Indian journal of veterinary science and animal husbandry - Volume 6,
Year: 1936
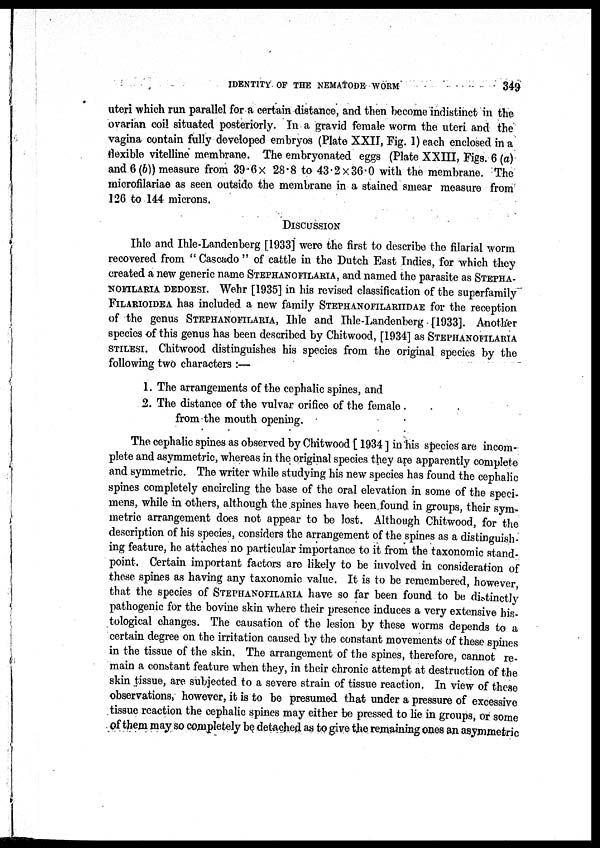
IDENTITY OF THE NEMATODE WORM
349
uteri which run parallel for a certain distance, and then become indistinct in the
ovarian coil situated posteriorly. In a gravid female worm the uteri and the
vagina contain fully developed embryos (Plate XXII, Fig. 1) each enclosed in a
flexible vitelline membrane. The embryonated eggs (Plate XXIII, Figs. 6 (a)
and 6 (b)) measure from 39.6 × 28.8 to 43.2 × 36.0 with the membrane. The
microfilariae as seen outside the membrane in a stained smear measure from
126 to 144 microns.
DISCUSSION
Ihle and Ihle-Landenberg [1933] were the first to describe the filarial worm
recovered from " Cascado " of cattle in the Dutch East Indies, for which they
created a new generic name STEPHANOFILARIA, and named the parasite as
STEPHA-
--------- DEDOESI. W e h r [1935] in his revised classification of the superfamily
FILARIOIDEA has included a new family STEPHANOFILARIIDAE for the reception
of the genus STEPHANOFILARIA, Ihle and Ihle-Landenberg [1933]. Another
species of this genus has been described by Chitwood, [1934] as STEPHANOFILARIA
STILESI. Chitwood distinguishes his species from the original species by the
following two characters :—
1. The arrangements of the cephalic spines, and
2. The distance of the vulvar orifice of the female
from the mouth opening.
The cephalic spines as observed by Chitwood [ 1934 ] in his species are incom-
plete and asymmetric, whereas in the original species they are apparently complete
and symmetric. The writer while studying his new species has found the cephalic
spines completely encircling the base of the oral elevation in some of the speci-
mens, while in others, although the spines have been found in groups, their sym-
metric arrangement does not appear to be lost. Although Chitwood, for the
description of his species, considers the arrangement of the spines as a distinguish-
ing feature, he attaches no particular importance to it from the taxonomic stand-
point. Certain important factors are likely to be involved in consideration of
these spines as having any taxonomic value. It is to be remembered, however,
that the species of STEPHANOFILARIA have so far been found to be distinctly
pathogenic for the bovine skin where their presence induces a very extensive his-
tological changes. The causation of the lesion by these worms depends to a
certain degree on the irritation caused by the constant movements of these spines
in the tissue of the skin. The arrangement of the spines, therefore, cannot re-
main a constant feature when they, in their chronic attempt at destruction of the
skin tissue, are subjected to a severe strain of tissue reaction. In view of these
observations, however, it is to be presumed that under a pressure of excessive
tissue reaction the cephalic spines may either be pressed to lie in groups, or some
of them may so completely be detached as to give the remaining ones an asymmetric